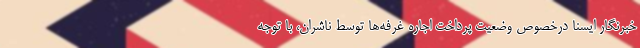
خبرنگار ایسنا درخصوص وضعیت پرداخت اجاره غرفه‌ها توسط ناشران، با توجه